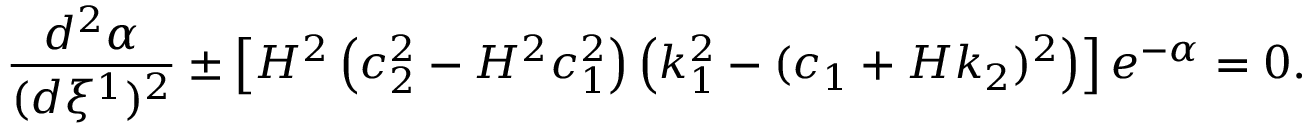
\frac { d ^ { 2 } \alpha } { ( d \xi ^ { 1 } ) ^ { 2 } } \pm \left[ H ^ { 2 } \left( c _ { 2 } ^ { 2 } - H ^ { 2 } c _ { 1 } ^ { 2 } \right) \left( k _ { 1 } ^ { 2 } - ( c _ { 1 } + H k _ { 2 } ) ^ { 2 } \right) \right] e ^ { - \alpha } = 0 .